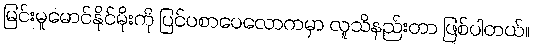
မြင်းမူမောင်နိုင်မိုးကို ပြင်ပစာပေလောကမှာ လူသိနည်းတာ ဖြစ်ပါတယ်။